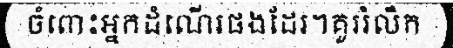
ចំពោះអ្នកដំណើរផងដែរ។គួររំលឹក